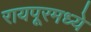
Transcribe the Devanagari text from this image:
रायपूरमध्ये